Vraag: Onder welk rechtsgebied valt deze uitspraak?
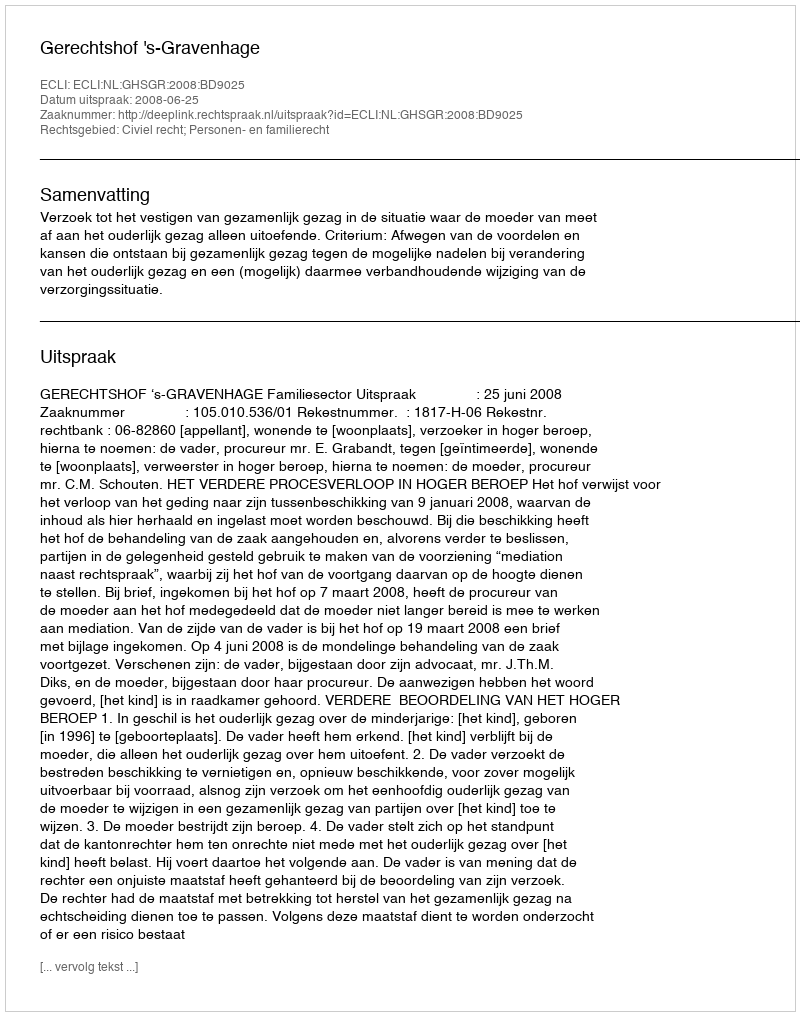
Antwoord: Civiel recht; Personen- en familierecht